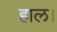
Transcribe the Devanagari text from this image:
हाल।